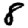
Digit: 8